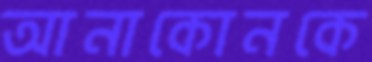
আনাকোনকে